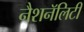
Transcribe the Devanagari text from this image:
नैशनॅलिटी